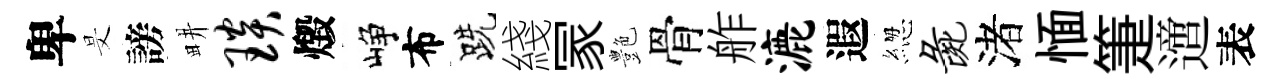
卑旻謗畊琰燬峥布跣綫冡艶骨舴漉遐緫彘渚愐箑𨗁表